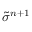
\widetilde { \sigma } ^ { n + 1 }